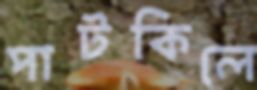
পাটকিলে